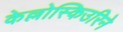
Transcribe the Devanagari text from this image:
केल्लोस्किउरिने